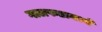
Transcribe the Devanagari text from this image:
गालफडामध्ये